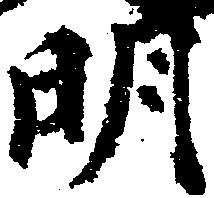
明